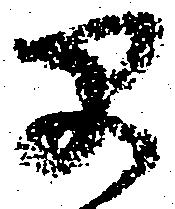
早